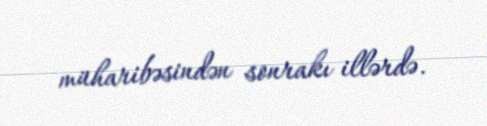
müharibəsindən sonrakı illərdə.